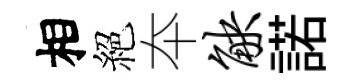
相絕夲觖諾